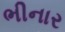
ભીનાર